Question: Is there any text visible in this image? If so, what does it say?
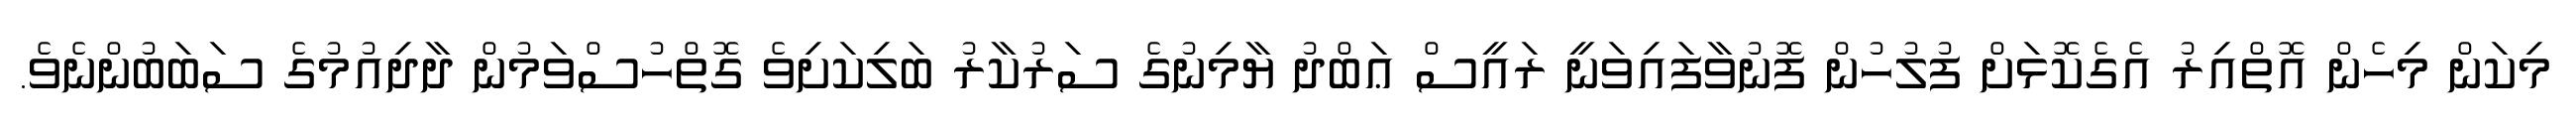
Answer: މިކަން މިހެން އޮތްއިރު އެގެކޮޅަށް ފުލުހުން ފޮނުވާފައިވަނީ ރައީސް ޢަބްދު ޔާމިނުގެ ސަރުކާރު ބަލިކަށިވެ ގޮތްހުސްވަމުން ދާދިއުމުގެ ސަބަބުންނެވެ.